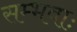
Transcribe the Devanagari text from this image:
सम्भवाः